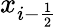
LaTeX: x_{i-{\frac{1}{2}}}